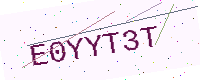
Text: E0YYT3T